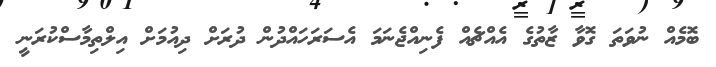
ބޮމެއް ނުވަތަ ގޮވާ ޒާތުގެ އެއްޗެއް ފެނިއްޖެނަމަ އެސަރަހައްދުން ދުރަށް ދިއުމަށް އިލްތިމާސްކުރަނީ